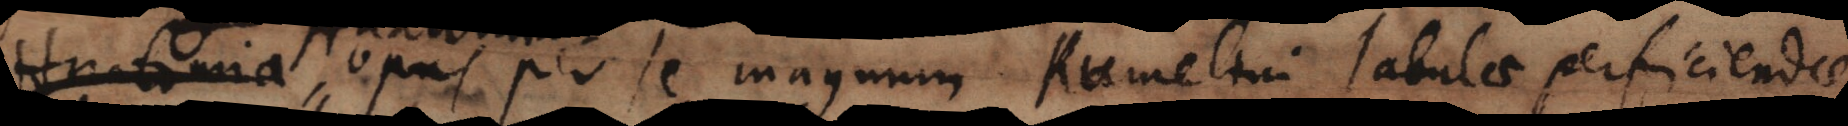
omia opus per se magnum. Rumelini tabulae perficiendae.